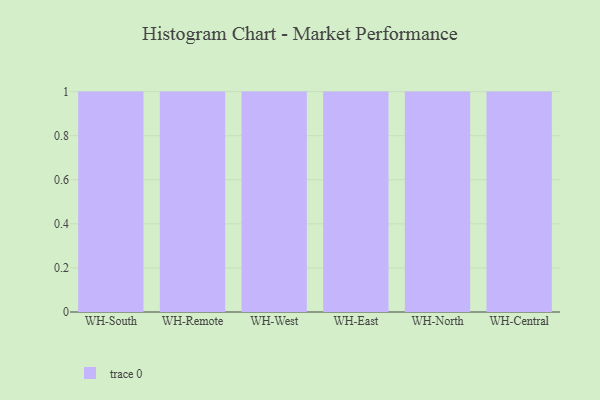
{"axis": {"x": "Warehouse", "y": "Headcount"}, "legend": [""], "data": [{"x": "WH-South", "y": 40, "type": ""}, {"x": "WH-Remote", "y": 2, "type": ""}, {"x": "WH-West", "y": 60, "type": ""}, {"x": "WH-East", "y": 54, "type": ""}, {"x": "WH-North", "y": 90, "type": ""}, {"x": "WH-Central", "y": 100, "type": ""}]}